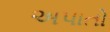
અપાતો